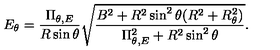
E _ { \theta } = \frac { \Pi _ { \theta , E } } { R \sin \theta } \sqrt { \frac { B ^ { 2 } + R ^ { 2 } \sin ^ { 2 } \theta ( R ^ { 2 } + R _ { \theta } ^ { 2 } ) } { \Pi _ { \theta , E } ^ { 2 } + R ^ { 2 } \sin ^ { 2 } \theta } } .